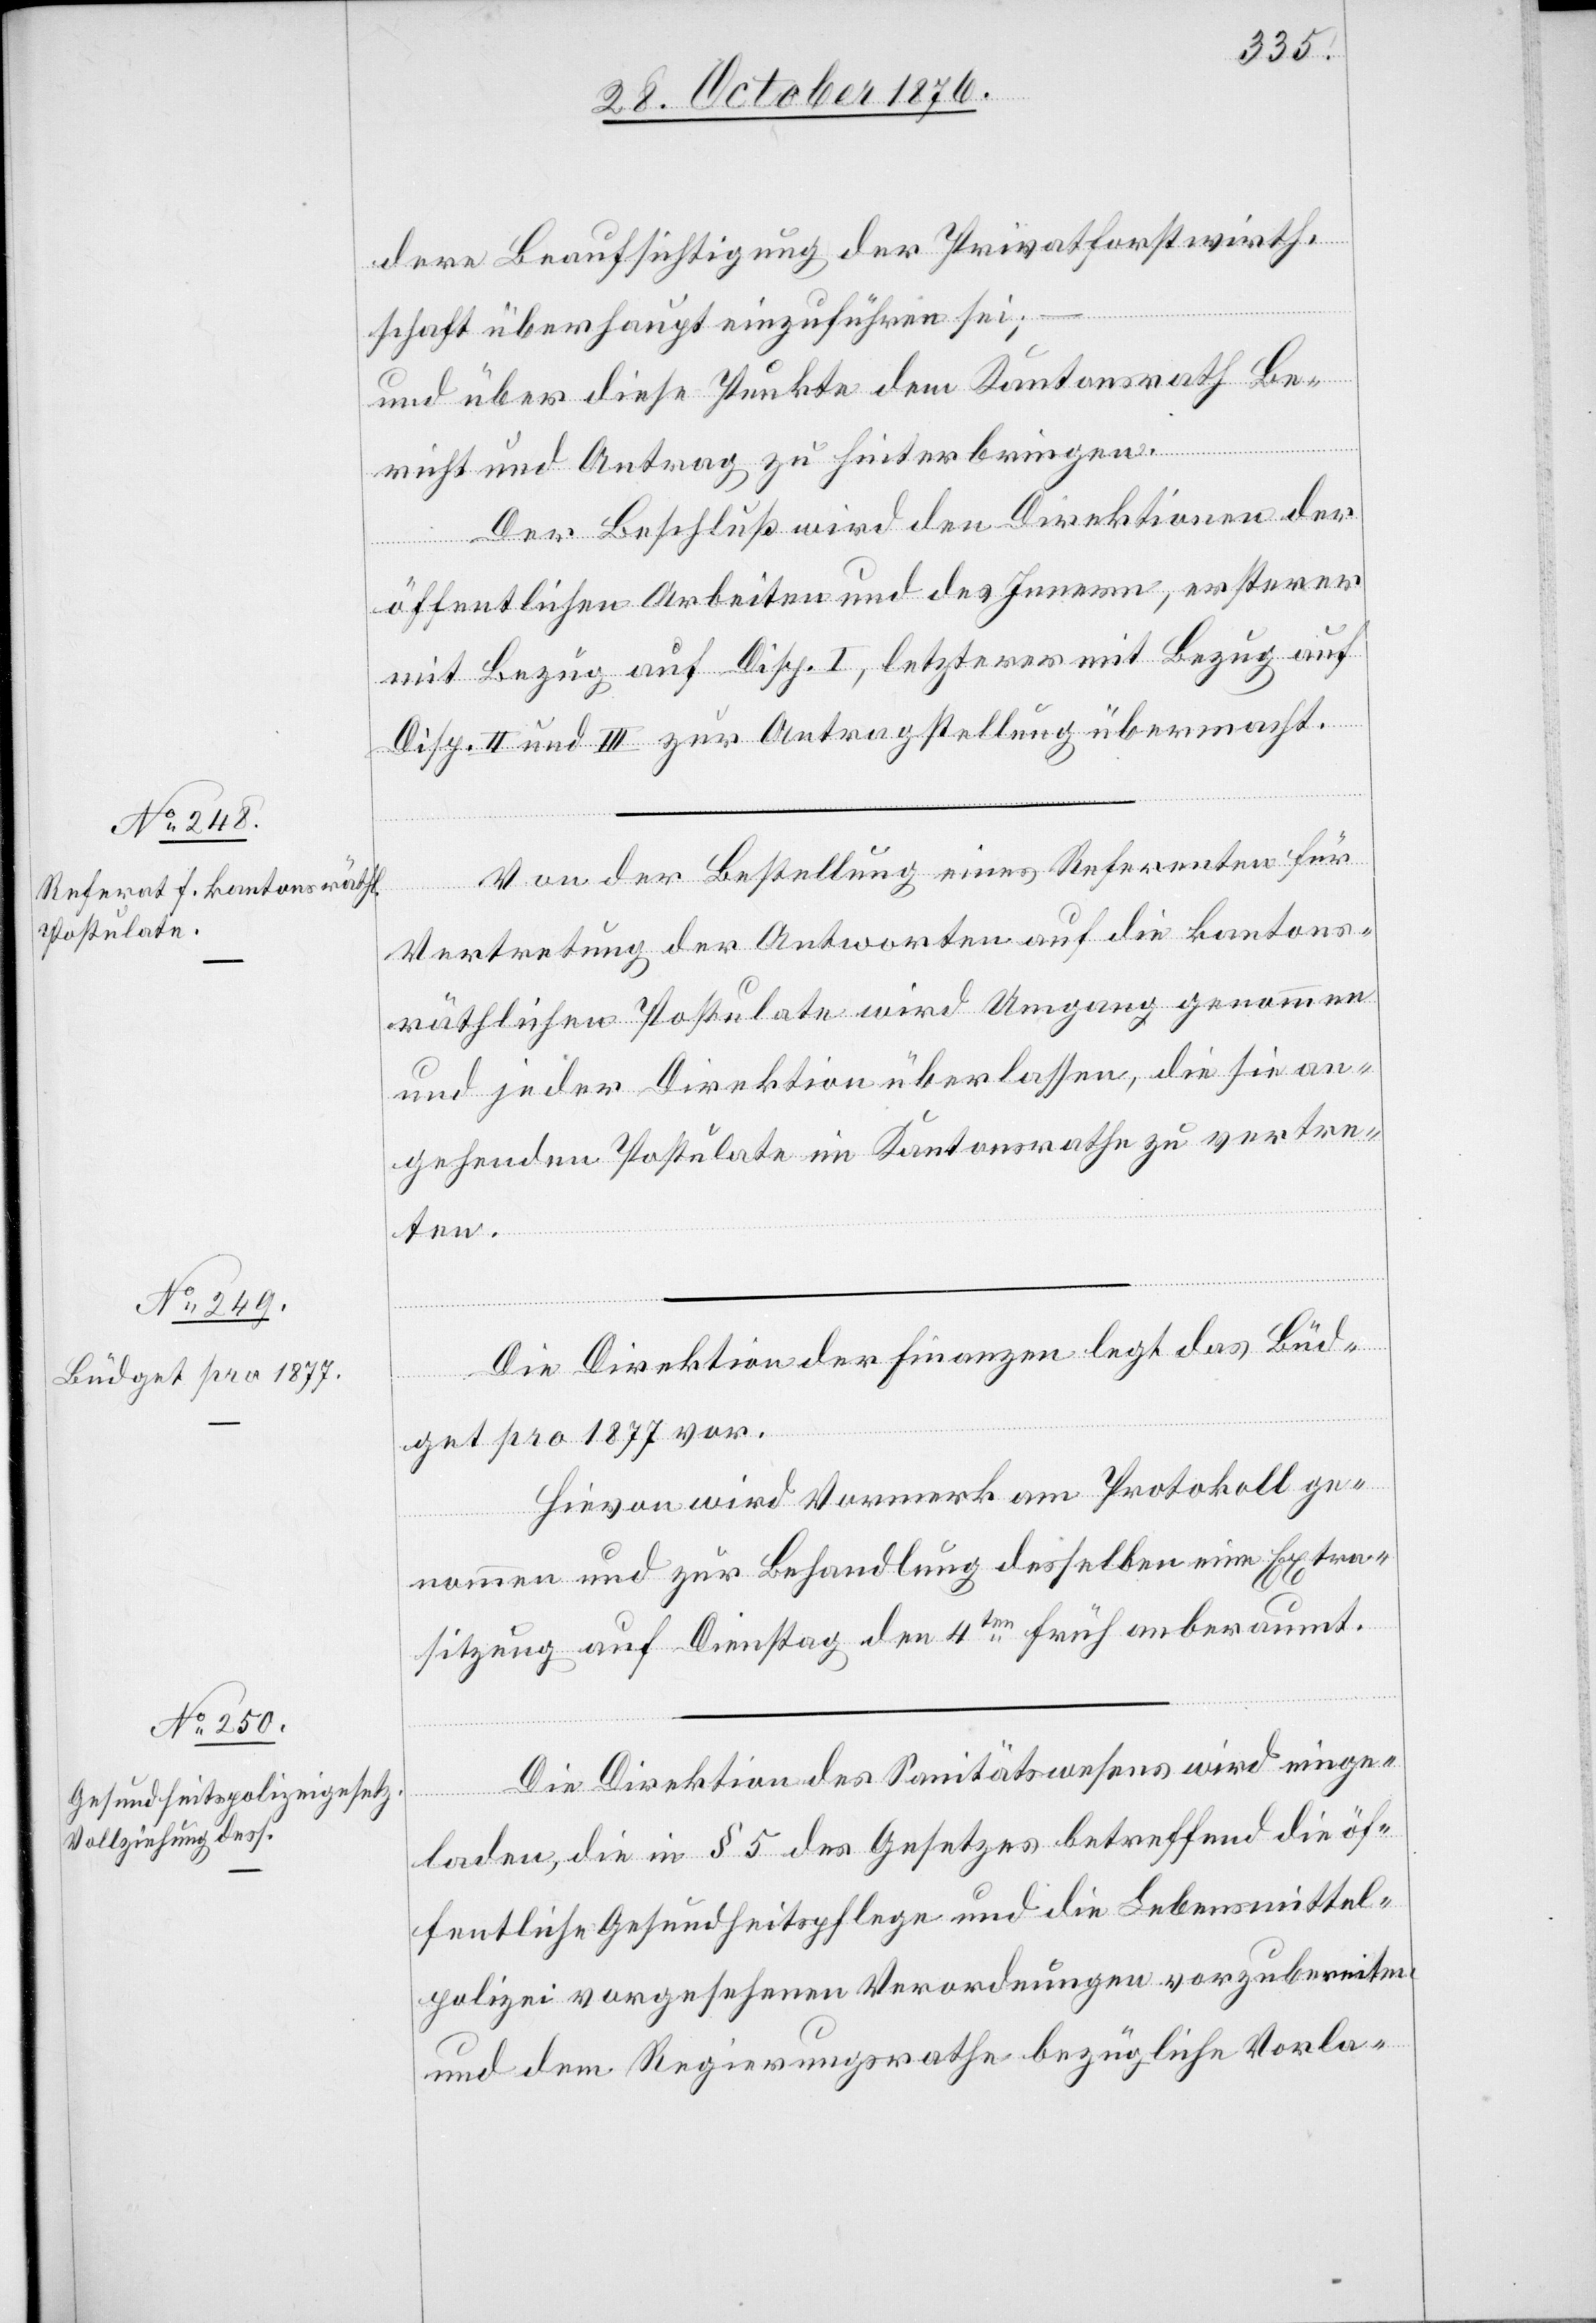
dere Beaufsichtigung der Privatforstwirth¬
schaft überhaupt einzuführen sei;
und über diese Punkte dem Kantonsrath Be¬
richt und Antrag zu hinterbringen.
Der Beschluß wird den Direktionen der
öffentlichen Arbeiten und des Innern, ersterer
mit Bezug auf Disp. I, letzterer mit Bezug auf
Disp. II und III zur Antragstellung übermacht.
Von der Bestellung eines Referenten für
Vertretung der Antworten auf die kantons¬
räthlichen Postulate wird Umgang genommen
und jeder Direktion überlassen, die sie an¬
gehenden Postulate im Kantonsrathe zu vertre¬
eing¬
Die Direktion der Finanzen legt das Büd¬
get pro 1877 vor.
Hievon wird Vormerk am Protokoll ge¬
nommen und zur Behandlung desselben eine Extra¬
sitzung auf Dienstag den 4ten früh anberaumt.
eladen, die in § 5 des Gesetzes betreffend die öf¬
fentliche Gesundheitspflege und die Lebensmittel¬
polizei vorgesehenen Verordnungen vorzubereiten
und dem Regierungsrathe bezügliche Vorla-